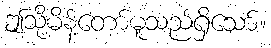
ဤသို့မိန့်တော်မူသည်ရှိသော်။